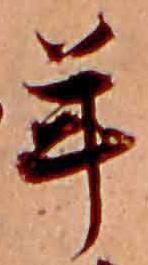
年